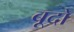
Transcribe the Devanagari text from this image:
बूदो